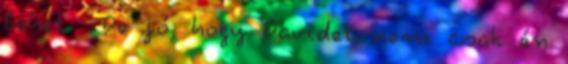
lehet : De jó, hogy Davidet nem csak én